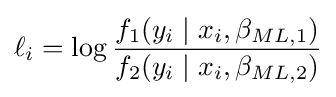
\ell _{i}=\log {\frac {f_{1}(y_{i}\mid x_{i},\beta _{ML,1})}{f_{2}(y_{i}\mid x_{i},\beta _{ML,2})}}